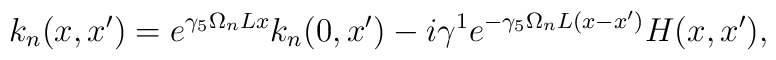
k_n(x,x^{\prime })=e^{\gamma _5\Omega _nLx}k_n(0,x^{\prime })-i\gamma^1e^{-\gamma _5\Omega _nL(x-x^{\prime })}H(x,x^{\prime }),